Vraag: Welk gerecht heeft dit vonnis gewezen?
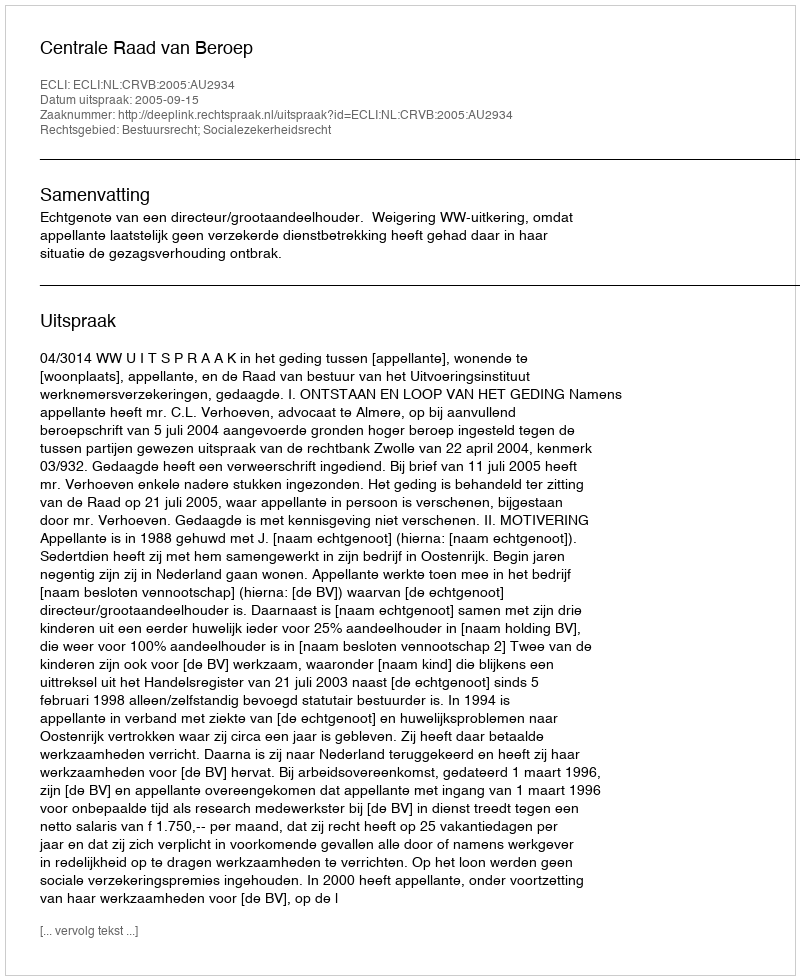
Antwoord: Centrale Raad van Beroep